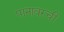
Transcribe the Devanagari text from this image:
पानावरची